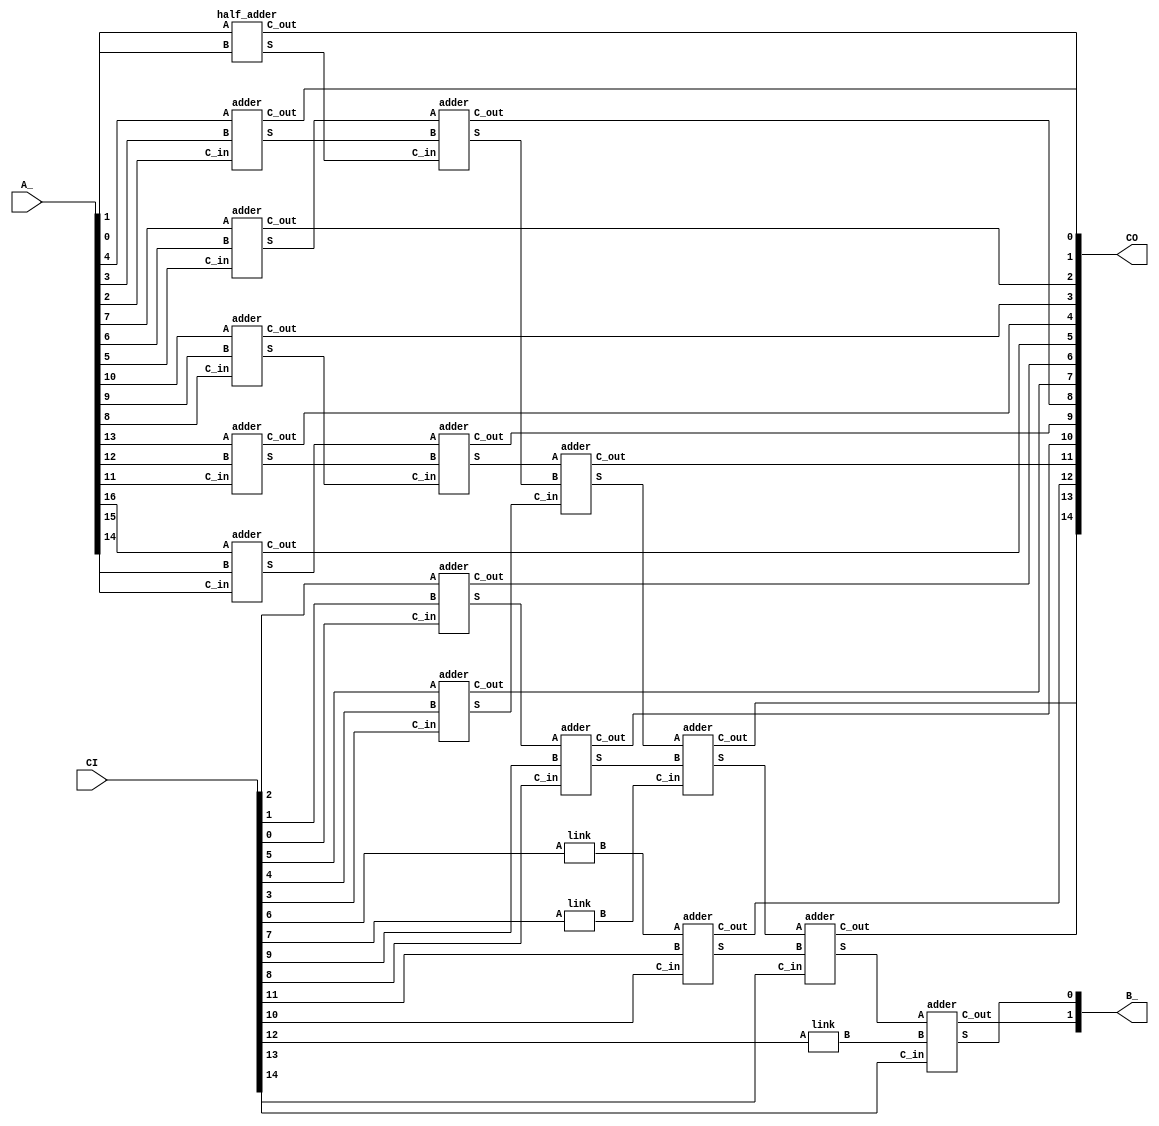

`timescale 1ns / 1ps

///////////////////// below ensure correctness /////////////////////////

module wallace_tree( //17 bit wallace tree

    input  [16:0] A_,
    input  [14:0] CI, //15 bit C_in/C_out
    output [14:0] CO,
    output [ 1:0] B_ // B is output for the terminate adder
);

    wire [ 5:0] O1;
    wire [ 3:0] O2;
    wire [ 1:0] O3;
    wire [ 1:0] O4;
    wire [ 0:0] O5;
    assign CO = {O5, O4, O3, O2, O1};

    wire [ 5:0] I1;
    wire [ 3:0] I2;
    wire [ 1:0] I3;
    wire [ 1:0] I4;
    wire [ 0:0] I5;
    assign I5 = CI[14:14];
    assign I4 = CI[13:12];
    assign I3 = CI[11:10];
    assign I2 = CI[ 9: 6];
    assign I1 = CI[ 5: 0];

    wire [5:0] T1;
    wire [3:0] T2;
    wire [3:0] T3;
    wire [1:0] T4;
    wire [1:0] T5;

    wire [0:0] L1, L2, L3;

    half_adder inst_10 (        A_[ 1], A_[ 0], O1[ 0], T1[ 0]);
    adder      inst_11 (A_[ 4], A_[ 3], A_[ 2], O1[ 1], T1[ 1]);
    adder      inst_12 (A_[ 7], A_[ 6], A_[ 5], O1[ 2], T1[ 2]);
    adder      inst_13 (A_[10], A_[ 9], A_[ 8], O1[ 3], T1[ 3]);
    adder      inst_14 (A_[13], A_[12], A_[11], O1[ 4], T1[ 4]);
    adder      inst_15 (A_[16], A_[15], A_[14], O1[ 5], T1[ 5]);

    adder      inst_20 (I1[ 2], I1[ 1], I1[ 0], O2[ 0], T2[ 0]);
    adder      inst_21 (I1[ 5], I1[ 4], I1[ 3], O2[ 1], T2[ 1]);
    adder      inst_22 (T1[ 2], T1[ 1], T1[ 0], O2[ 2], T2[ 2]);
    adder      inst_23 (T1[ 5], T1[ 4], T1[ 3], O2[ 3], T2[ 3]);

    link       inst_30 (                I2[ 0], L1            );
    link       inst_31 (                I2[ 1], L2            );
    adder      inst_32 (T2[ 0], I2[ 3], I2[ 2], O3[ 0], T3[ 0]);
    adder      inst_33 (T2[ 3], T2[ 2], T2[ 1], O3[ 1], T3[ 1]);

    adder      inst_40 (L1    , I3[ 1], I3[ 0], O4[ 0], T4[ 0]);
    adder      inst_41 (T3[ 1], T3[ 0], L2    , O4[ 1], T4[ 1]);

    link       inst_50 (                I4[ 0], L3            );
    adder      inst_51 (T4[ 1], T4[ 0], I4[ 1], O5[ 0], T5[ 0]);

    adder      inst_60 (T5[ 0], L3    , I5[ 0], B_[ 1], B_[ 0]);

endmodule


module adder( // 1 bit full adder
    input  [0:0] A,
    input  [0:0] B,
    input  [0:0] C_in,
    output [0:0] C_out,
    output [0:0] S
);
    assign C_out = A & B | C_in & A | C_in & B;
    assign S = A ^ B ^ C_in;

endmodule


module link( // 1 bit wire
    input  [0:0] A,
    output [0:0] B
);
    assign B = A;
endmodule


module half_adder( // 1 bit half adder
    input [0:0] A,
    input [0:0] B,
    output [0:0] C_out,
    output [0:0] S
);
    assign C_out = A & B;
    assign S = A ^ B;
endmodule


module adder_68( // 68 bit full adder
    input  [67:0] A,
    input  [67:0] B,
    input  [ 0:0] C_in,
    output [ 0:0] C_out,
    output [67:0] S
);
    assign {C_out, S} = A + B + C_in;
endmodule


module gen_select( // generate select signal for partial product
    input [2:0]y, // {y_i+1, y_i, y_i-1}
    output [3:0]sel // {-2X, -X, +X, +2X}
);
    assign sel[3] = (y == 3'b100);
    assign sel[2] = (y == 3'b101) | (y == 3'b110);
    assign sel[1] = (y == 3'b001) | (y == 3'b010);
    assign sel[0] = (y == 3'b011);
endmodule


module select ( // select partial product
    input  [3:0] sel, // {-2X, -X, +X, +2X}
    input  [0:0] x,
    input  [0:0] x_in,
    output [0:0] p,
    output [0:0] x_out
);
    assign p =  sel[3] & ~x_in |
                sel[2] & ~x    |
                sel[1] &  x    |
                sel[0] &  x_in ;
    assign x_out = x;
endmodule


module partial_product ( // 34 bit partial product, but written in 35bit for sign extend
    input  [ 2:0]y, // {y_i+1, y_i, y_i-1}
    input  [33:0]x,
    output [34:0]p,
    output [ 0:0]c
);
    wire [3:0]sel;
    wire [34:0]temp;
    assign temp[0] = 1'b0;
    gen_select gen_select0(y, sel);

    genvar i;
    generate
        for (i = 0; i < 34; i = i + 1) begin: gen_for
            select select1(sel, x[i], temp[i], p[i], temp[i+1]);
        end
    endgenerate

    assign p[34] =  sel[3] & ~temp[34]|
                    sel[2] & ~   x[33]|
                    sel[1] &     x[33]|
                    sel[0] &  temp[34];
    assign c = sel[3] | sel[2];
endmodule

///////////////////////// above ensure correctness /////////////////////////
module multiplier(          // 34 bit multiplier
    input  [33:0] X,
    input  [33:0] Y,
    output [67:0] P
);
    wire [ 594:0] p;            //33bit * 16 -> 35bit * 17
    wire [1155:0] pad;          //64bit * 16 -> 68bit * 17
    wire [  16:0] c;            //15bit -> 17bit
    wire [1034:0] wallace_c;    //14bit * 65 -> 15bit * 69
    wire [  68:0] adder_X;      //65bit -> 69bit
    wire [  67:0] adder_Y;      //64bit -> 68bit
    genvar i;

    partial_product partial_product0(
        {Y[1:0], 1'b0},
        X,
        p[34:0],
        c[0]
    );

    assign pad[67:0] = {{34{p[33]}}, p[33:0]};

    generate
        for (i = 1; i < 17; i = i + 1) begin: gen_for1
            partial_product partial_product0(
                Y[2*i+1:2*i-1],
                X,
                p[35*i+34:35*i],
                c[i]
            );
            assign pad[68*i+67:68*i] = {    //68bit
                {34-2*i-1{p[35*i+34]}},     //68-35-2i=33-2i=34-2i-1
                p[35*i+34:35*i],            //35
                {2*i{Y[2*i+1]&!(Y[2*i]&Y[2*i-1])}}  //2i
            };
        end
    endgenerate

    assign wallace_c[14:0] = c[14:0];
    assign adder_X[0] = c[15];///////
    
    genvar j;
    generate
    for (j = 0; j < 68; j = j + 1) begin: gen_for2
        wallace_tree wallace_tree1( 
            { 
                pad[ 0*68+j], pad[ 1*68+j], pad[ 2*68+j], pad[ 3*68+j],
                pad[ 4*68+j], pad[ 5*68+j], pad[ 6*68+j], pad[ 7*68+j],
                pad[ 8*68+j], pad[ 9*68+j], pad[10*68+j], pad[11*68+j],
                pad[12*68+j], pad[13*68+j], pad[14*68+j], pad[15*68+j], pad[16*68+j]
            },
            wallace_c[15*j+14 :15*j ],
            wallace_c[15*j+14+15:15*j+15],
            {adder_X[j+1], adder_Y[j]}
        );
        end
    endgenerate

    adder_68 adder_68_0(
        adder_X[67:0],
        adder_Y,
        c[16],
        ,
        P
    );
endmodule

module mul(
    input        mul_clk,
    input        resetn,
    input        mul_signed,
    input [31:0] x,
    input [31:0] y,
    output[63:0] result
);

    wire  [33:0] X_;
    wire  [33:0] Y_;
    wire  [67:0] P_;
    assign X_ = {{2{mul_signed & x[31]}}, x};
    assign Y_ = {{2{mul_signed & y[31]}}, y};
    multiplier multiplier0(
        X_,
        Y_,
        P_
    );
    assign result = P_[63:0];


endmodule